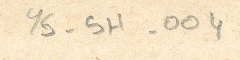
YS-5H-004